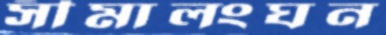
সীমালংঘন